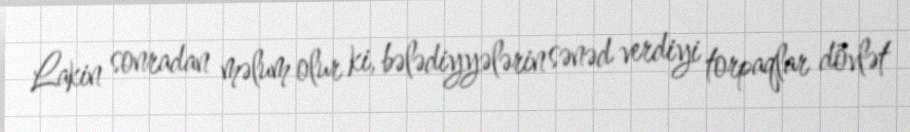
Lakin sonradan məlum olur ki, bələdiyyələrin sənəd verdiyi torpaqlar dövlət